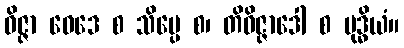
ဝိဇ္ဇာ ဝေဒေ စ သိပ္ပေ စ၊ တိဝိဇ္ဇာဒေါ စ ဗုဒ္ဓိယံ။